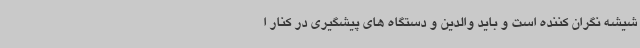
شیشه نگران کننده است و باید والدین و دستگاه های پیشگیری در کنار ا